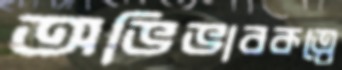
অভিভাবকত্বে